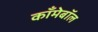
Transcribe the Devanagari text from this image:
काँमेबॉल